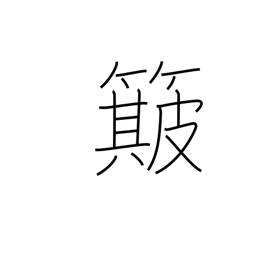
Meaning: winnow